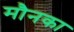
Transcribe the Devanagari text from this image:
मौनका